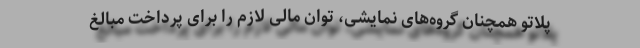
پلاتو همچنان گروه‌های نمایشی، توان مالی لازم را برای پرداخت مبالغ